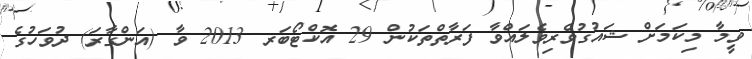
ވީމާ މިކަމަށް ޝައުގުވެރިވެލައްވާ ފަރާތްތަކުން 29 އޮކްޓޯބަރ 2013 ވާ (އަންގާރަ) ދުވަހުގެ